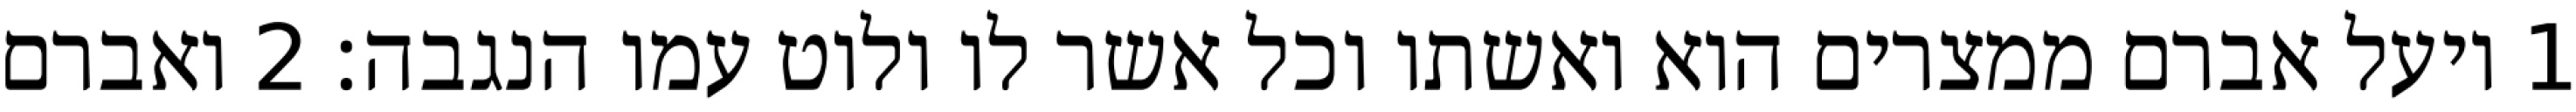
1 ויעל אברם ממצרים הוא ואשתו וכל אשר לו ולוט עמו הנגבה׃ ‎2‏ ואברם